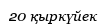
20 қыркүйек